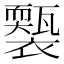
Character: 𧞕